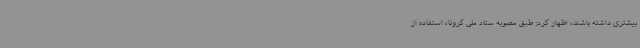
بیشتری داشته باشند، اظهار کرد: طبق مصوبه ستاد ملی کرونا، استفاده از